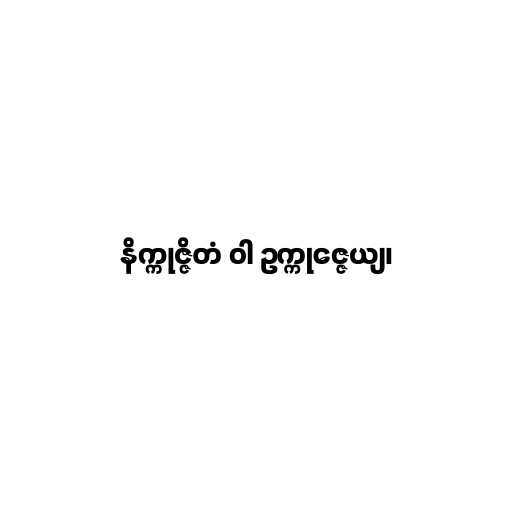
နိက္ကုဇ္ဇိတံ ဝါ ဥက္ကုဇ္ဇေယျ၊